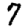
Digit: 7